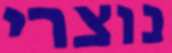
נוצרי